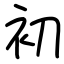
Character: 初